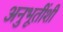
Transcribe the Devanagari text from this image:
अनुभूतींशी